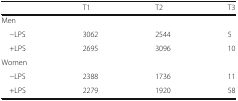
<table><thead><tr><td></td><td><b>T1</b></td><td><b>T2</b></td><td><b>T3</b></td></tr></thead><tbody><tr><td colspan="4">Men</td></tr><tr><td> −LPS</td><td>3062</td><td>2544</td><td>5</td></tr><tr><td> +LPS</td><td>2695</td><td>3096</td><td>10</td></tr><tr><td colspan="4">Women</td></tr><tr><td> −LPS</td><td>2388</td><td>1736</td><td>11</td></tr><tr><td> +LPS</td><td>2279</td><td>1920</td><td>58</td></tr></tbody></table>